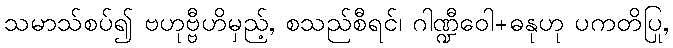
သမာသ်စပ်၍ ဗဟုဗ္ဗီဟိမှည့်, စသည်စီရင်၊ ဂါဏ္ဍီဝေါ+ဓနုဟု ပကတိပြု,